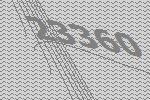
23360